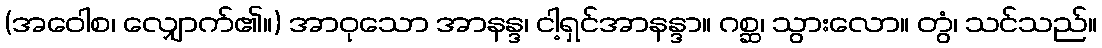
(အဝေါစ၊ လျှောက်၏။) အာဝုသော အာနန္ဒ၊ ငါ့ရှင်အာနန္ဒာ။ ဂစ္ဆ၊ သွားလော။ တွံ၊ သင်သည်။